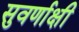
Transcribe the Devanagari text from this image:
सुवर्णाक्षी